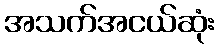
အသက်အငယ်ဆုံး